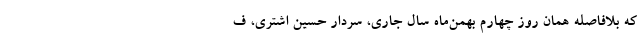
که بلافاصله همان روز چهارم بهمن‌ماه سال جاری، سردار حسین اشتری، ف